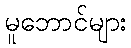
မူဘောင်များ